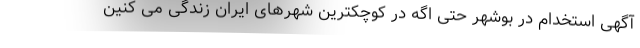
آگهی استخدام در بوشهر حتی اگه در کوچکترین شهرهای ایران زندگی می کنین